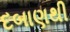
દબાણથી